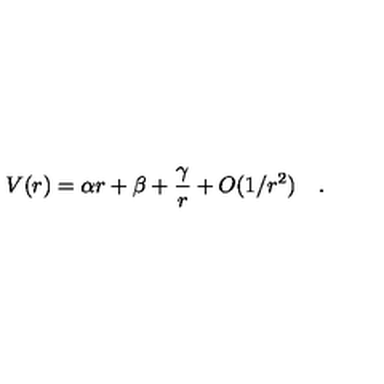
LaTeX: V ( r ) = \alpha r + \beta + { \frac { \gamma } { r } } + O ( 1 / r ^ { 2 } ) \quad .